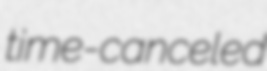
time-canceled